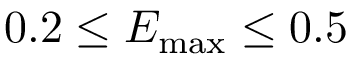
0 . 2 \le E _ { \mathrm { m a x } } \le 0 . 5